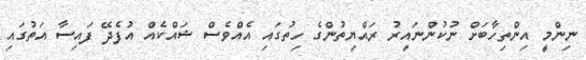
ނިންމީ އިންތިހާބަށް ނުކުންނައިރު ރައްޔިތުންގެ ހިތުގައި އެއްވެސް ޝައްކެއް އުފެދޭ ފައިސާ އަތުގައި